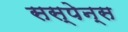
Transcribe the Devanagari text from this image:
सस्पेन्स